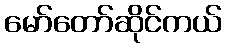
မော်တော်ဆိုင်ကယ်